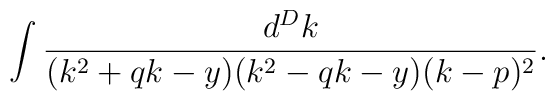
\int\frac{d^Dk}{(k^2+qk-y)(k^2-qk-y)(k-p)^2}.